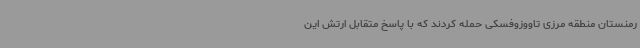
رمنستان منطقه مرزی تاووزوفسکی حمله کردند که با پاسخ متقابل ارتش این